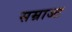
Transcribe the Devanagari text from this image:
सम्राज्ट